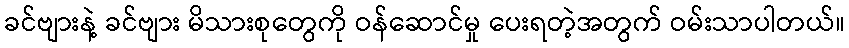
ခင်ဗျားနဲ့ ခင်ဗျား မိသားစုတွေကို ဝန်ဆောင်မှု ပေးရတဲ့အတွက် ဝမ်းသာပါတယ်။